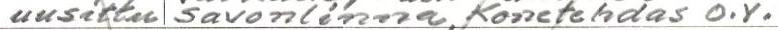
uusittu Savonlinna, Konetehdas O.Y.